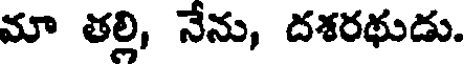
మా తల్లి, నేను, దశరథుడు.